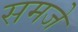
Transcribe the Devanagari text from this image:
समजे